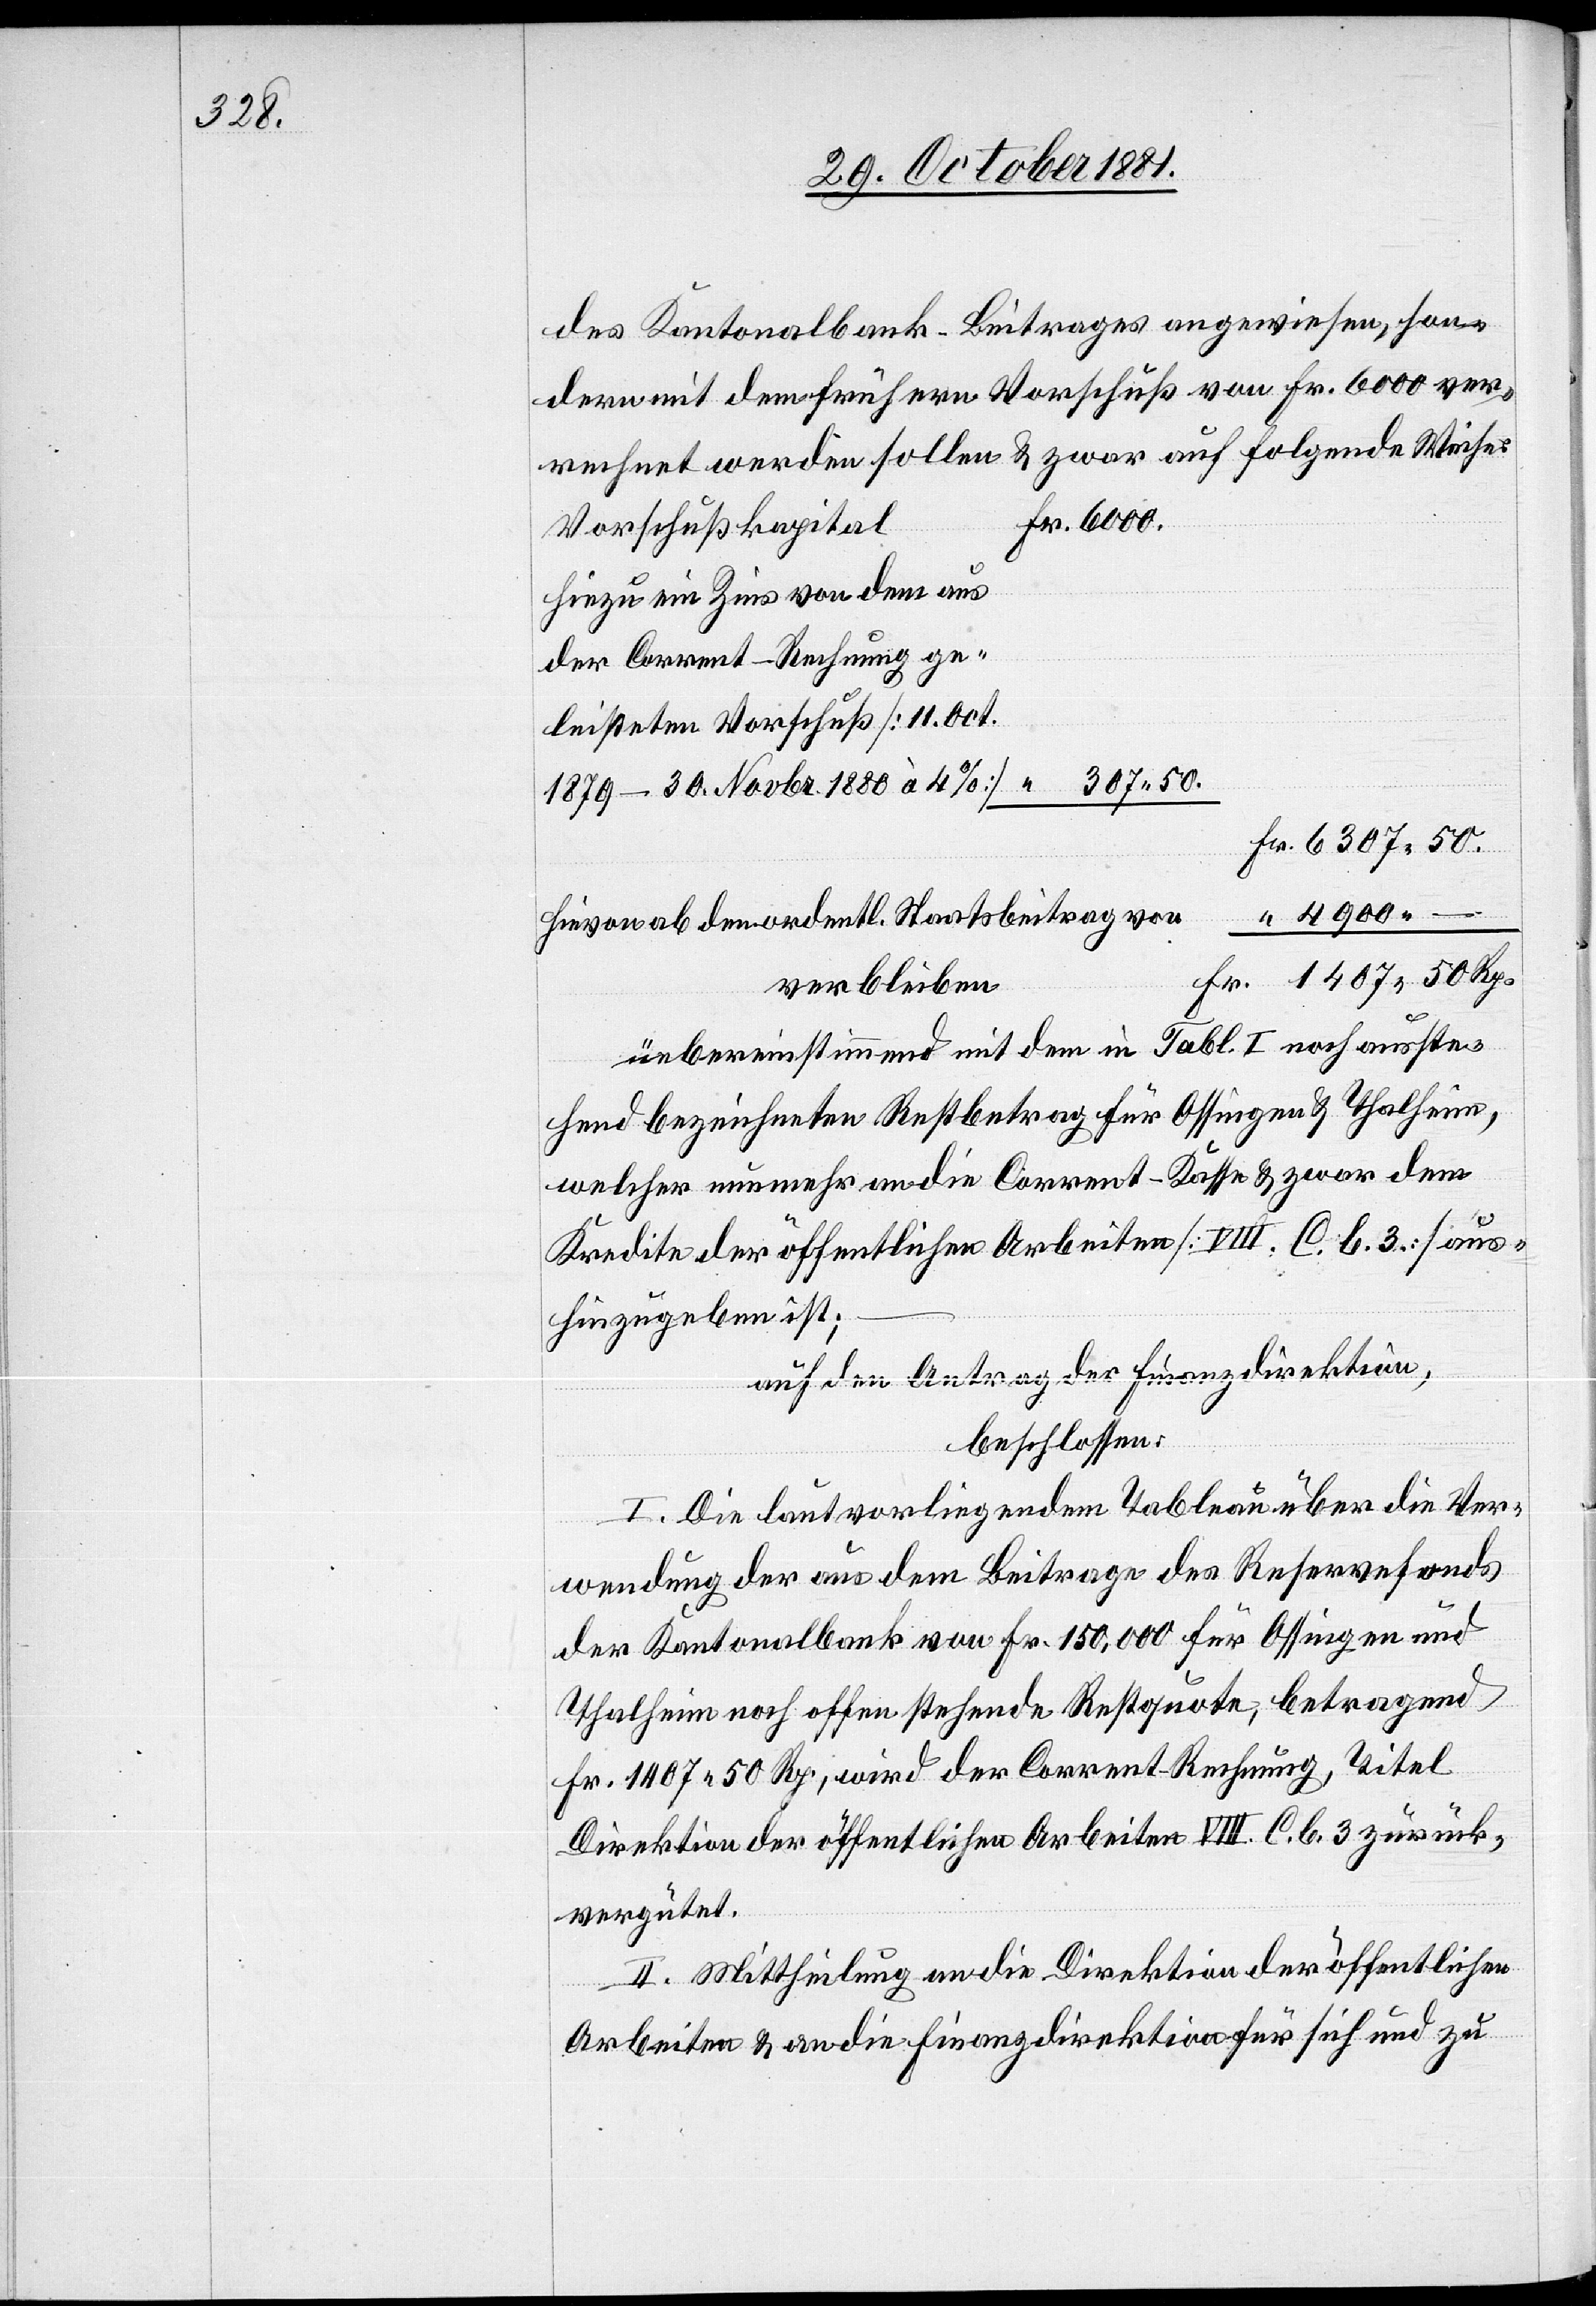
des Kantonalbank-Beitrages angewiesen, son¬
dern mit dem frühern Vorschuß von Fr. 6000 ver¬
rechnet werden sollen & zwar auf folgende Weise:
Fr. 6000.
Vorschußkapital
hinzu ein Zins von dem aus
der Corrent-Rechnung ge¬
leisteten Vorschuß [11. Oct.
307 50.
1879–30. Novbr. 1880 à 4%]
Fr. 6307 50.
hievon ab den ordentl. Staatsbeitrag von
Fr. 1407 50 Rp.
verbleiben
übereinstimmend mit dem in Tabl. I noch ausste¬
hend bezeichneten Restbetrag für Ossingen & Thalheim,
welcher nunmehr an die Corrent-Kasse & zwar dem
Kredite der öffentlichen Arbeiten [VIII. C. b. 3.] aus¬
hinzugeben ist;
auf den Antrag der Finanzdirektion,
beschlossen:
I. Die laut vorliegendem Tableau über die Ver¬
wendung der aus dem Beitrage des Reservefonds
der Kantonalbank von Fr. 150,000 für Ossingen und
Thalheim noch offen stehende Restquote, betragend
Fr. 1407 50 Rp., wird der Corrent-Rechnung, Titel
Direktion der öffentlichen Arbeiten VIII. C. b. 3. zurück¬
vergütet.
II. Mittheilung an die Direktion der öffentlichen
–
Arbeiten & an die Finanzdirektion für sich und zu